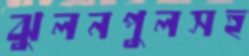
ঝুলনপুলসহ